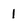
Character: I